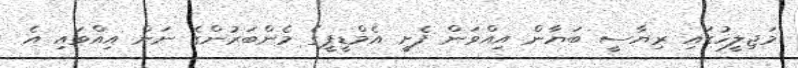
މަޖިލީހުގައި ރިޔާސީ ބަޔާން އިއްވަން ފެށީ އެމްޑީޕީގެ މެންބަރުންގެ ނަން އިއްވައި އެ